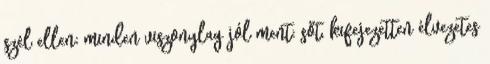
szél ellen; minden viszonylag jól ment; sőt, kifejezetten élvezetes